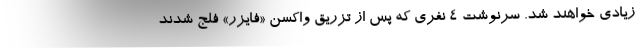
زیادی خواهند شد. سرنوشت ۴ نفری که پس از تزریق واکسن «فایزر» فلج شدند